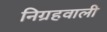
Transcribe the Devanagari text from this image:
निग्रहवाली